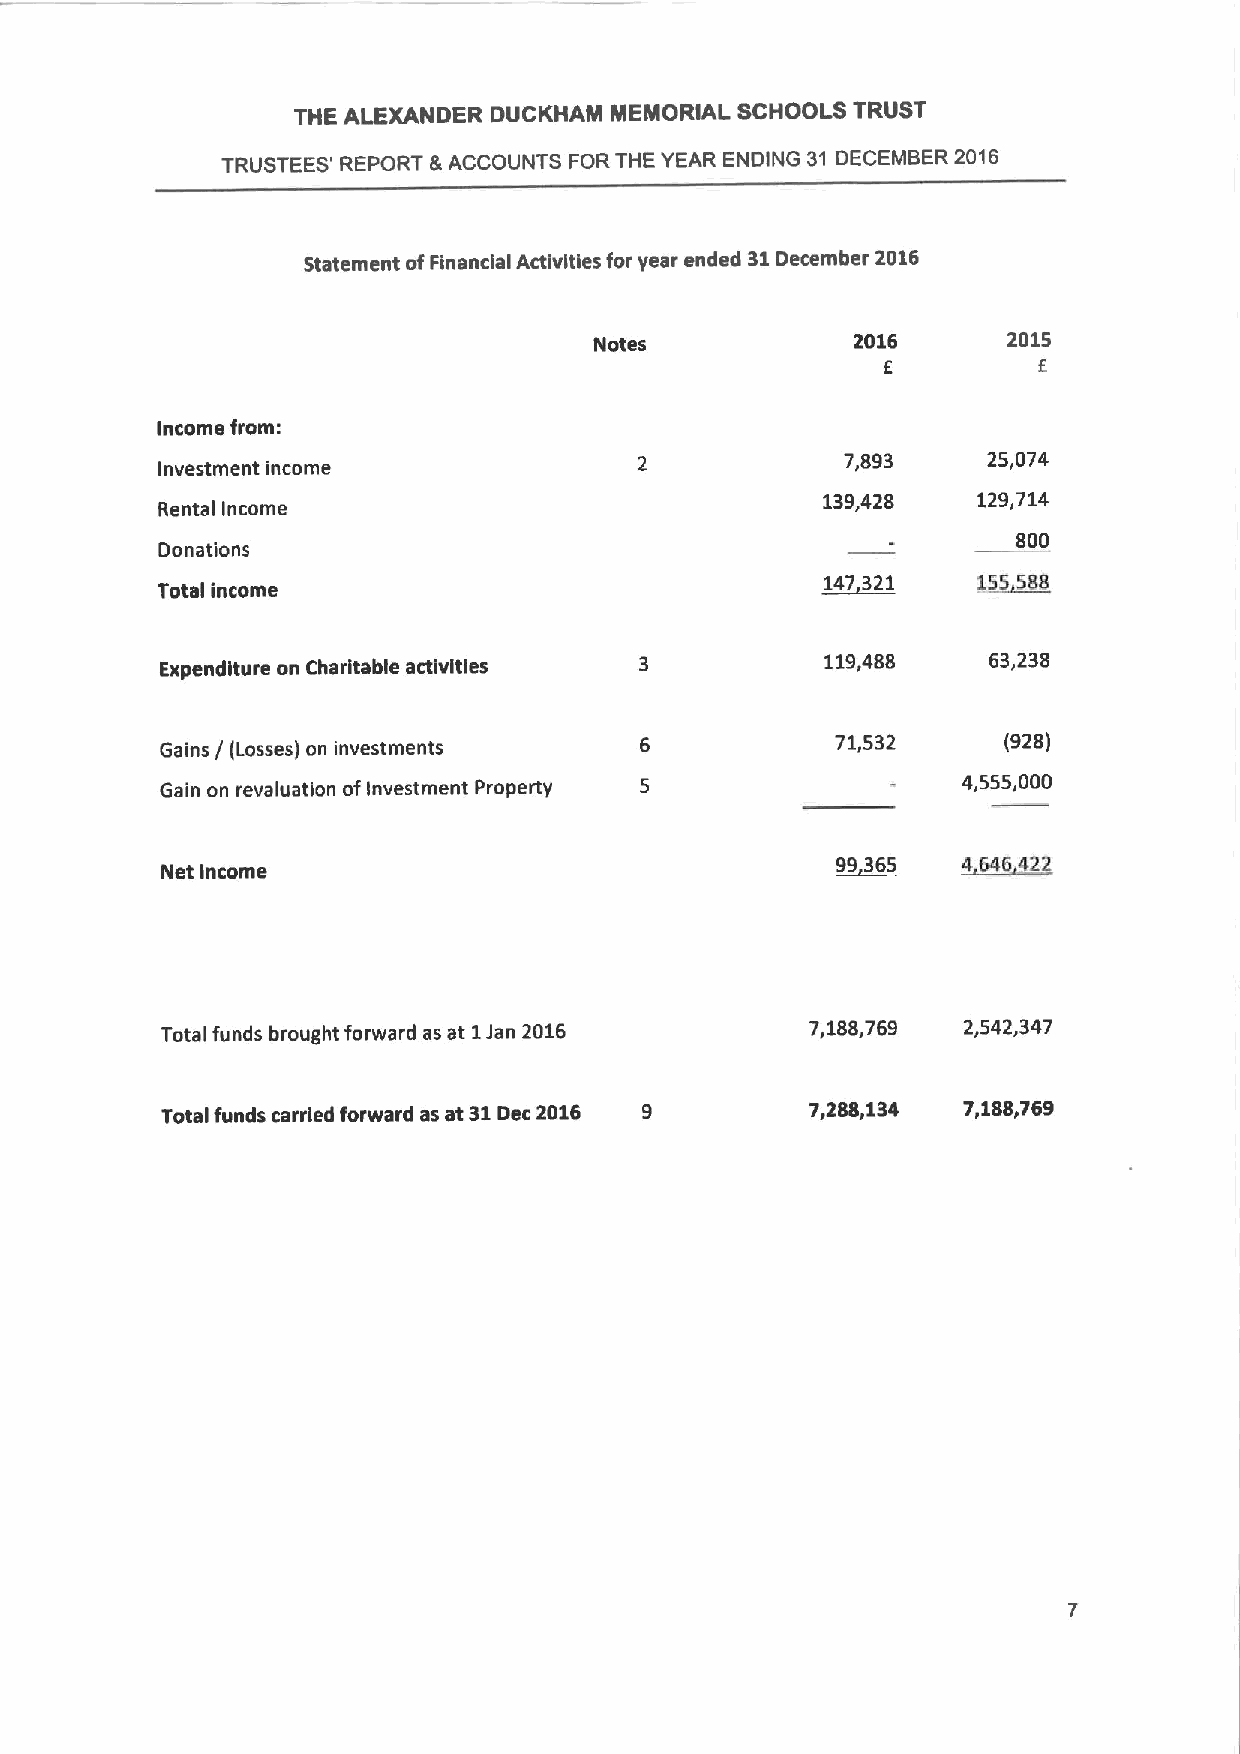
THE ALEXANDER DUCKHAM MEMORIAL SCHOOLS TRUST
 TRUSTEES' REPORT &ACCOUNTS FORTHE YEAR ENDING 31 DECEMBER 2016
 Statement ofFinancial Activities for year ended 31December 2016
 Notes             2016      2015
 6          6
 Income from:
 7,893    25,074
 Investment income
 139,428    129,714
 Rental Income
 800
 Donations
 Total income                                ~147 321   ~155588
 Expenditure on Charitable activities
 119,488   63,238
 71,532     (928)
 Gains / (Losses) on investments
 Gain on revaluation ofInvestment Property
 4,555,000
 99365    ~4646 422
 Net Income
 Total funds brought forward as at 1Jan 2016 7,188,769 2,542,347
 Total funds carried forward as at 31Dec 2016 9 7,288,134 7,1$$,769